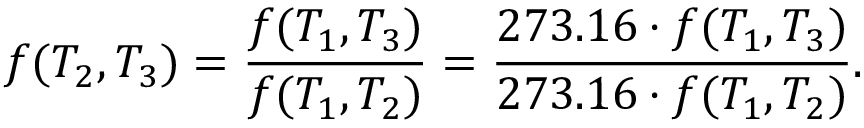
f ( T _ { 2 } , T _ { 3 } ) = { \frac { f ( T _ { 1 } , T _ { 3 } ) } { f ( T _ { 1 } , T _ { 2 } ) } } = { \frac { 2 7 3 . 1 6 \cdot f ( T _ { 1 } , T _ { 3 } ) } { 2 7 3 . 1 6 \cdot f ( T _ { 1 } , T _ { 2 } ) } } .